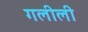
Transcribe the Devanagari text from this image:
गलीली